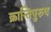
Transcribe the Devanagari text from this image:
क्रान्तिपुरुष